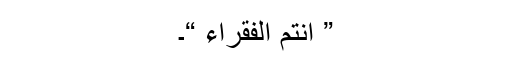
” انتم الفقراء “۔